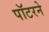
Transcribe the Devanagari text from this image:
पॉटरने